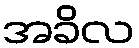
အခိလ